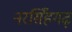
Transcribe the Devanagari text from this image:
नरसिँहगढ़